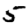
Digit: 5